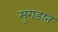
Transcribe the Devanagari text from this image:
सुगडात